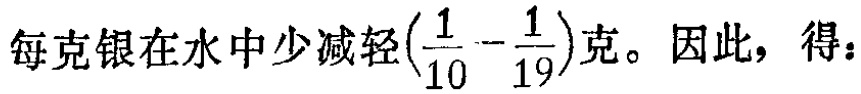
每克银在水中少减轻$(\frac{1}{10} - \frac{1}{19})$克。因此，得：